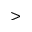
>